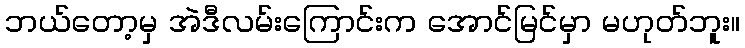
ဘယ်တော့မှ အဲဒီလမ်းကြောင်းက အောင်မြင်မှာ မဟုတ်ဘူး။